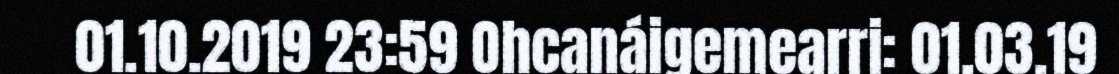
01.10.2019 23:59 Ohcanáigemearri: 01.03.19